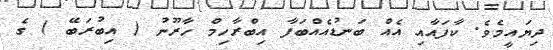
ދިޔައީމެވެ. ކާފައާއި އެއް ބަނޑުއެއްބަފާ އިބްރާހިމް ހާރޫނު ( އިބުރަބޭ ) ގެ